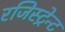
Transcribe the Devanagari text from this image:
रजिस्ट्रेन्ट